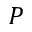
P